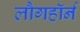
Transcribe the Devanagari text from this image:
लौगहॉर्न